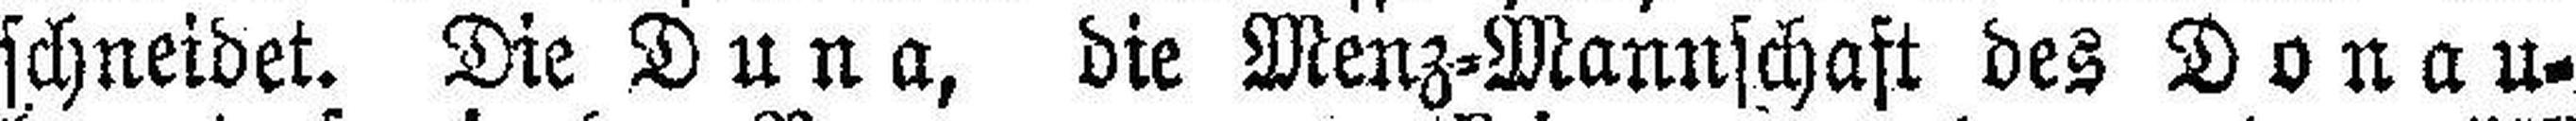
schneidet. Die Duna, die Menz=Mannschaft des Donau¬